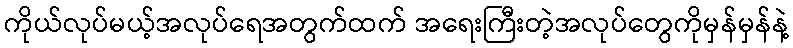
ကိုယ်လုပ်မယ့်အလုပ်ရေအတွက်ထက် အရေးကြီးတဲ့အလုပ်တွေကိုမှန်မှန်နဲ့